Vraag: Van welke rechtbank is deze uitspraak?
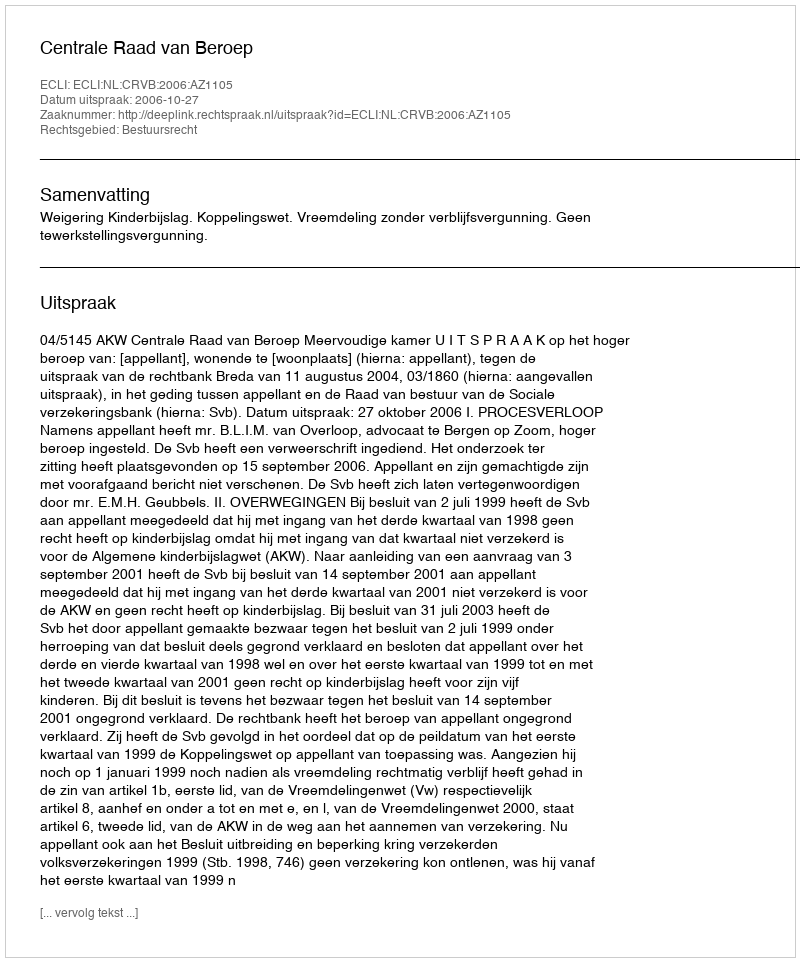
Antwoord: Centrale Raad van Beroep